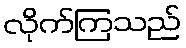
လိုက်ကြသည်